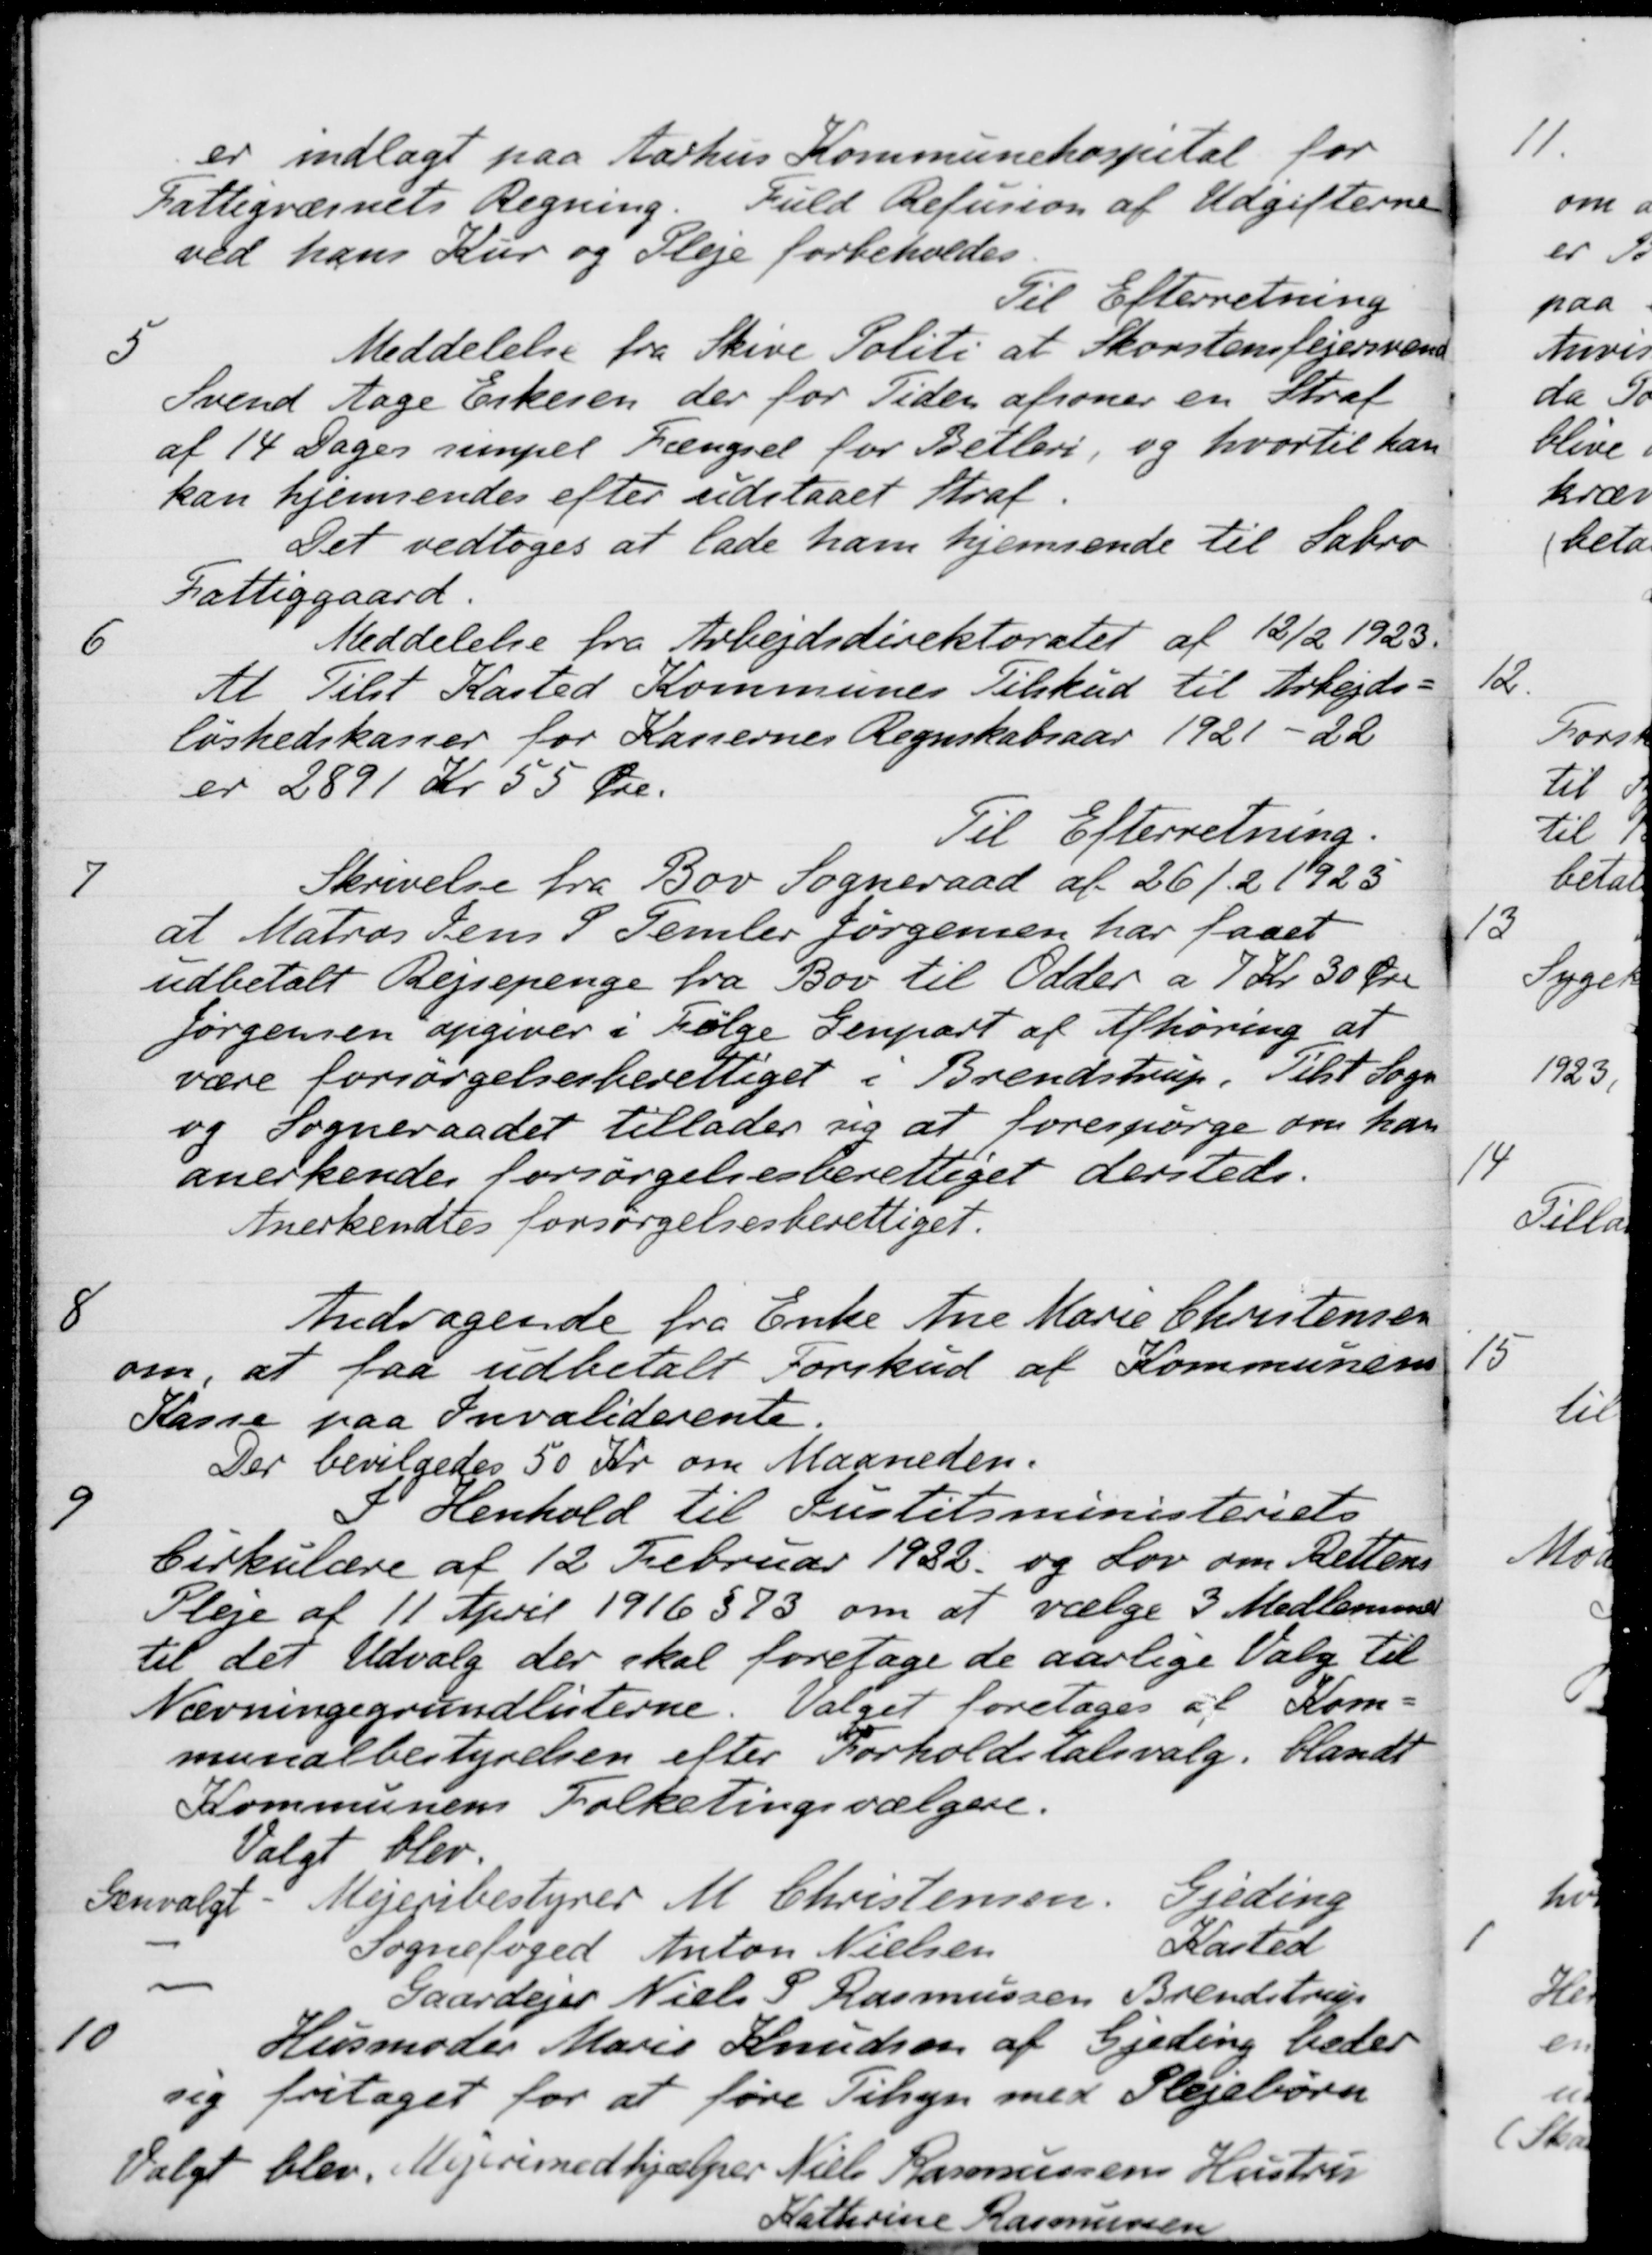
Transskription:
er indlagt paa Aarhus Kommunehospital for
Fattigvæsnets Regning. Fuld Refusion af Udgifterne
ved hans Kur og Pleje forbeholdes
Til Efterretning
5
Meddelelse fra Skive Politi at Skorstensfejersvend
Svend Aage Erkesen der for Tiden afsoner en Straf
af 14 Dages simpel Fængsel for Betleri, og hvortil han
kan hjemsendes efter udstaaet Straf.
Det vedtoges at lade ham hjemsende til Sabro
Fattiggaard.
6
Meddelelse fra Arbejdsdirektoratet af 12/2 1923.
At Tilst Kasted Kommunes Tilskud til Arbejds-
løshedskasser for Kassernes Regnskabsaar 1921 - 22
er 2891 Kr 55 Øre.
Til Efterretning.
7
Skrivelse fra Bov Sogneraad af 26/2 1923
at Matros Jens P Femler Jørgensen har faaet
udbetalt Rejsepenge fra Bov til Odder a 7 Kr. 30 Øre
Jørgensen opgiver i Følge Genpart af Afhøring at
være forsørgelsesberettiget i Brendstrup. Tilst Sogn
og Sogneraadet tillader sig at forespørge om han
anerkendes forsørgelsesberettiget dersteds.
Anerkendtes forsørgelsesberettiget.
8
Andragende fra Enke Ane Marie Christensen
om, at faa udbetalt Forskud af Kommunens
Kasse paa Invaliderente.
Der bevilgedes 50 Kr. om Maaneden.
9
I Henhold til Justitsministeriets
Cirkulære af 12 Februar 1922 og Lov om Rettens
Pleje af 11 April 1916 § 73 om at vælge 3 Medlemmer
til det Udvalg der skal foretage de aarlige Valg til
Nævningegrundlisterne. Valget foretages af Kom-
munalbestyrelsen efter Forholdstalsvalg, blandt
Kommunens Folketingsvælgere.
Valgt blev
Genvalgt
Mejeribestyrer M. Christensen
Gjeding
Sognefoged Anton Nielsen
Kasted
Gaardejer Niels P Rasmussen Brendstrup
10
Husmoder Marie Knudsen af Gjeding beder
sig fritaget for at føre Tilsyn med Plejebørn
Valgt blev Mejerimedhjælper Niels Rasmussens Hustru
Kathrine Rasmussen